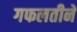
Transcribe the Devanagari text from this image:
गफलतीने